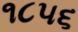
૧૮૫૬